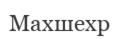
Махшехр